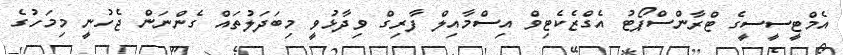
އެމްޓީސީސީގެ ޓްރާންސްޕޯޓު އެގްޒެކެޓިވް އިސްމާއިލް ފާރިގް ވިދާޅުވީ މިބަދަލުތައް ގެންނަން ޖެހުނީ މިމަހުގެ